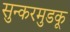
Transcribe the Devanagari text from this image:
सुन्करमुडकू